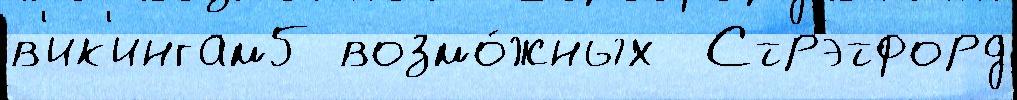
в'ик'ингам5 возмо́жных  Стрэтфорд